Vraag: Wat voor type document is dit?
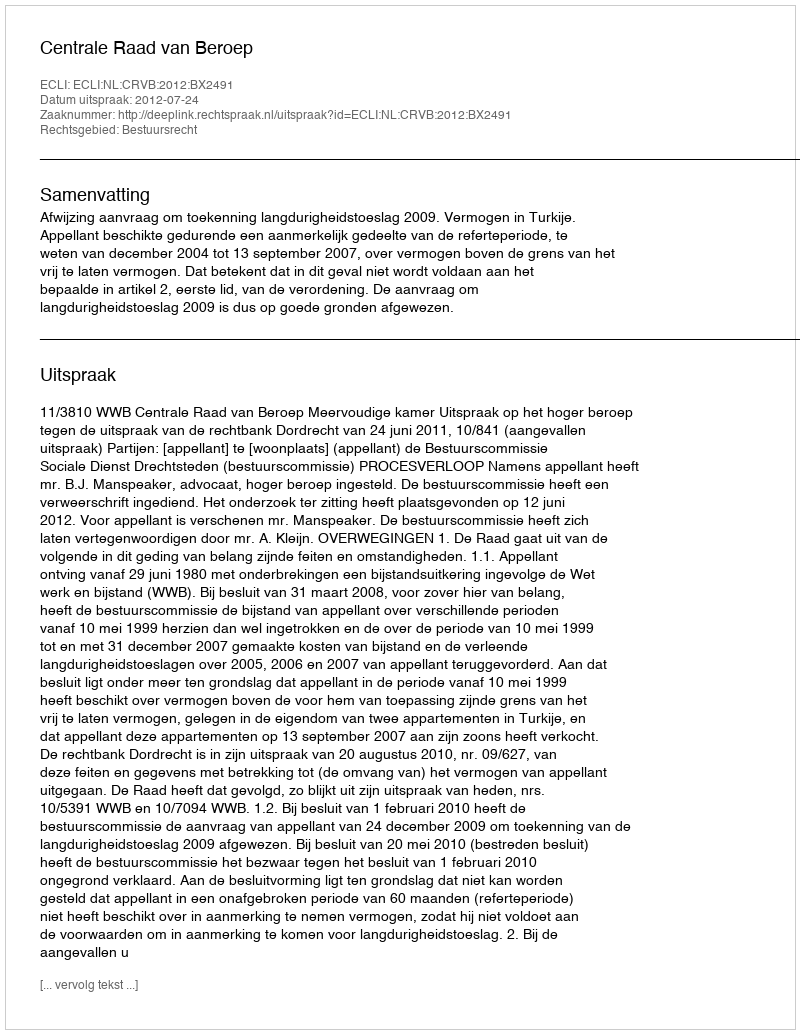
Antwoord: Uitspraak